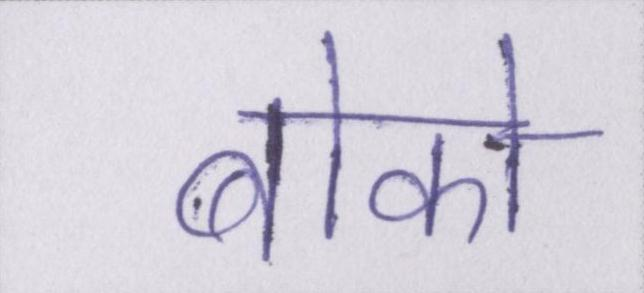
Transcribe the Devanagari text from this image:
बोको